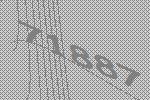
71887